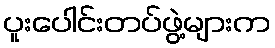
ပူးပေါင်းတပ်ဖွဲ့များက